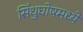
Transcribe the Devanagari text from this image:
सिंधुघोषमध्ये